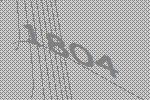
1804